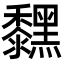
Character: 𪒚